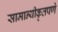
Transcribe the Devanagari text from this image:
सामान्यीकृतपणे